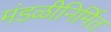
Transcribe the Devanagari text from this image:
मंडळीनिर्मित